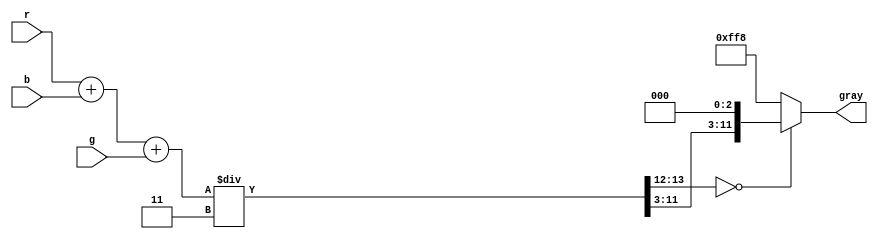
module rgb2gray(
  input [11:0] r,
  input [11:0] g,
  input [11:0] b,
  output [11:0] gray
  );
  wire [13:0] sum0;
  wire [13:0] sum1;
  wire [13:0]gray_wire;
  
  assign sum0 = r+b;
  assign sum1 = sum0+g;
  assign gray_wire = sum1 / 14'd3;
  
  // 12 bit color channel
  //assign gray = (gray_wire[13:12] == 2'd0) ? gray_wire[11:0] : 12'hfff;
  // 9 bit color channel
  assign gray = (gray_wire[13:12] == 2'd0) ? { gray_wire[11:3],3'd0 } : 12'hff8;
  endmodule